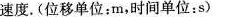
速度。(位移单位：m，时间单位：s)